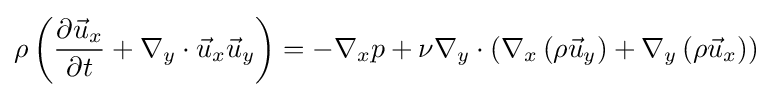
\rho \left({\frac {\partial {\vec {u}}_{x}}{\partial t}}+\nabla _{y}\cdot {\vec {u}}_{x}{\vec {u}}_{y}\right)=-\nabla _{x}p+\nu \nabla _{y}\cdot \left(\nabla _{x}\left(\rho {\vec {u}}_{y}\right)+\nabla _{y}\left(\rho {\vec {u}}_{x}\right)\right)